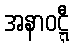
အနာဝဋ္ဋီ